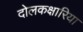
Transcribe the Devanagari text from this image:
दोलकक्षारिया